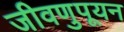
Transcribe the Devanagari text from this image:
जीवणुपूयन